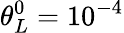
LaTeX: \theta_{L}^{0}={{10}^{-4}}